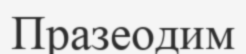
Празеодим